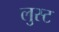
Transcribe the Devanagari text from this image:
लुस्ट